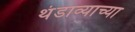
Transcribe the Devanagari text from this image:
थंडाव्याच्या